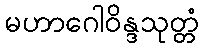
မဟာဂေါဝိန္ဒသုတ္တံ